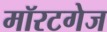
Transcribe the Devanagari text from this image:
मॉरटगेज